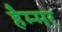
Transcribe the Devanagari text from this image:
हैम्मर